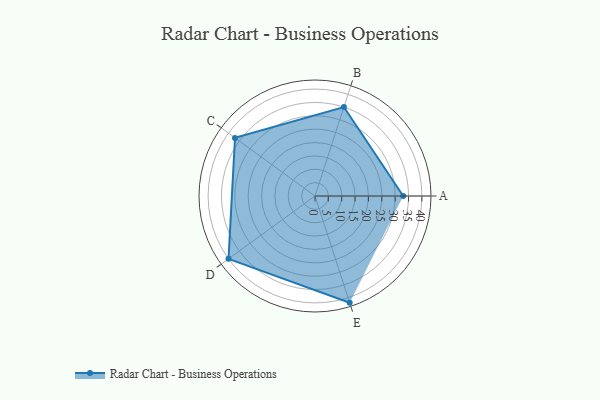
{"axis": {"x": "Skill", "y": "Score"}, "legend": ["Profile"], "data": [{"x": "A", "y": 33.0, "type": "Profile"}, {"x": "B", "y": 35.0, "type": "Profile"}, {"x": "C", "y": 37.0, "type": "Profile"}, {"x": "D", "y": 40.0, "type": "Profile"}, {"x": "E", "y": 42.0, "type": "Profile"}]}